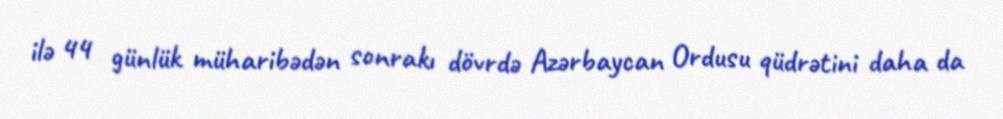
ilə 44 günlük müharibədən sonrakı dövrdə Azərbaycan Ordusu qüdrətini daha da